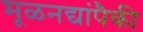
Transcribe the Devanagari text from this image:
मूळनद्यांपैकी